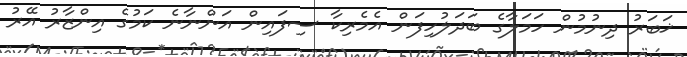
ޚަބަރު ދިނުމުން ހަމަލާގެ ބަދަލުހިފަން އެމެރިކާ ސިފައިން އަންނާނެ ކަމުގެ އިންޒާރު އޭރު